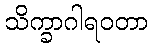
သိက္ခာဂါရဝတာ